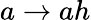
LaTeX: a\rightarrow ah